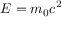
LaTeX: E = m _ { 0 } c ^ { 2 }